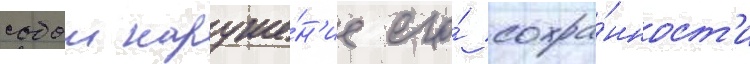
собои наруше́н'ие его́ сохра́нност'и